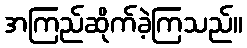
အကြည်ဆိုက်ခဲ့ကြသည်။